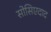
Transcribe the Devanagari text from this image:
सोसिएदाद